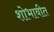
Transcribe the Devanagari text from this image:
शोभावीत